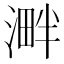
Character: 溿